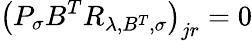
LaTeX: \left(P_{\sigma}B^{T}R_{\lambda,B^{T},\sigma}\right)_{jr}=0